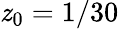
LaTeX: \mathit{z}_{0}=1/30